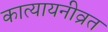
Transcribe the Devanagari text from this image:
कात्यायनीव्रत